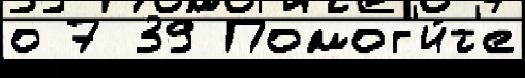
о 7 39 Помог'и́т'е